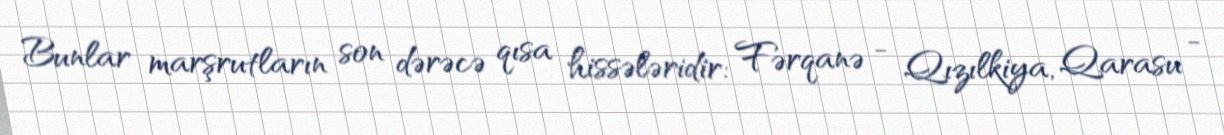
Bunlar marşrutların son dərəcə qısa hissələridir: Fərqanə - Qızılkiya, Qarasu -